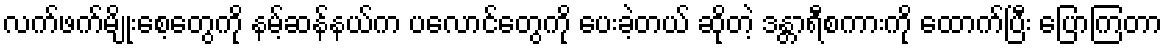
လက်ဖက်မျိုးစေ့တွေကို နမ့်ဆန်နယ်က ပလောင်တွေကို ပေးခဲ့တယ် ဆိုတဲ့ ဒန္တာရီစကားကို ထောက်ပြီး ပြောကြတာ